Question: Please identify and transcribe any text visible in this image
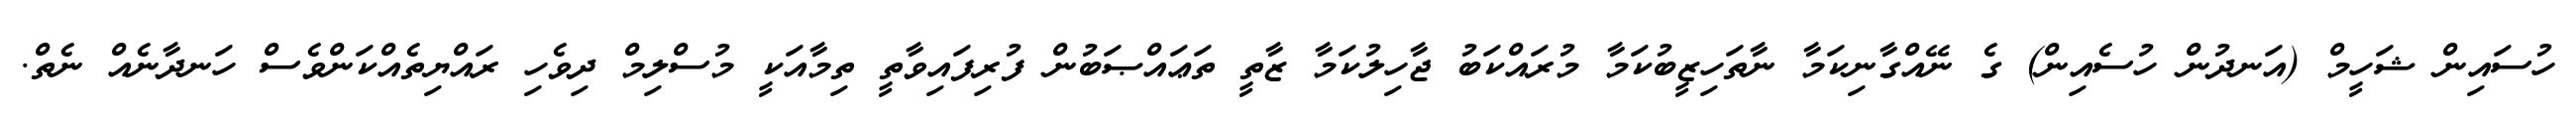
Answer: ހުސައިން ޝަހީމް (އަނދުން ހުސެއިން) ގެ ނޭއްގާނިކަމާ ނާތަހިޒީބުކަމާ މުރައްކަބު ޖާހިލުކަމާ ޒާތީ ތަޢައްޞަބުން ފުރިފައިވާތީ ތިމާއަކީ މުސްލިމް ދިވެހި ރައްޔިތެއްކަންވެސް ހަނދާނެއް ނެތް.